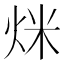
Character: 𤇿